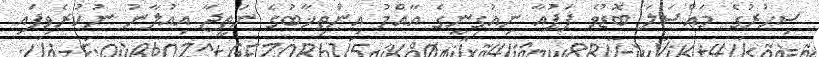
ސިހުރުގެ މައްސަލަ ބޮޑުވެ ޕަޕުއާ ނިއުގިނީގެ އާއްމު އިންތިޚާބުގެ ނަތީޖާ އިއުލާނު ނުކުރެވިފައި